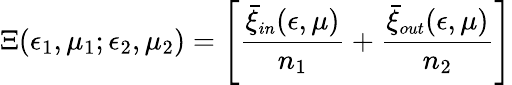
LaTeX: \Xi(\epsilon_{1},\mu_{1};\epsilon_{2},\mu_{2})=\left[{\frac{\bar{\xi}_{\small in}(\epsilon,\mu)}{n_{1}}}+{\frac{\bar{\xi}_{\small out}(\epsilon,\mu)}{n_{2}}}\right]